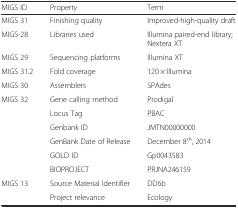
| MIGS ID | Property | Term |
 | --- | --- | --- |
 | MIGS 31 | Finishing quality | Improved-high-quality draft |
 | MIGS-28 | Libraries used | Illumina paired-end library; Nextera XT |
 | MIGS 29 | Sequencing platforms | Illumina XT |
 | MIGS 31.2 | Fold coverage | 120 × Illumina |
 | MIGS 30 | Assemblers | SPAdes |
 | MIGS 32 | Gene calling method | Prodigal |
 |  | Locus Tag | PBAC |
 |  | Genbank ID | JMTN00000000 |
 |  | GenBank Date of Release | December 8th, 2014 |
 |  | GOLD ID | Gp0043583 |
 |  | BIOPROJECT | PRJNA246159 |
 | MIGS 13 | Source Material Identifier | DD6b |
 |  | Project relevance | Ecology |